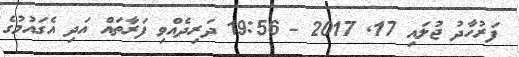
ފަރުހާދު ޖުލައި 17